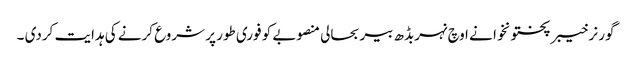
گور نر خیبر پختونخوا نے اوچ نہربڈھ بیر بحالی منصوبے کو فوری طور پر شروع کرنے کی ہدایت کردی ۔